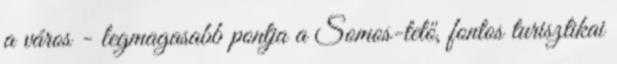
a város - legmagasabb pontja a Somos-tető, fontos turisztikai